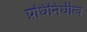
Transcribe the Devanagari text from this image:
प्रधिनिधीत्व